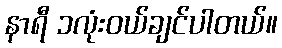
နာရီ ၁လုံးဝယ်ချင်ပါတယ်။